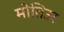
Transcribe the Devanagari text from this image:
मोतिउर